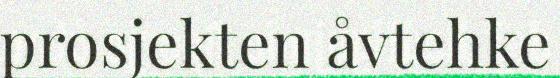
prosjekten åvtehke